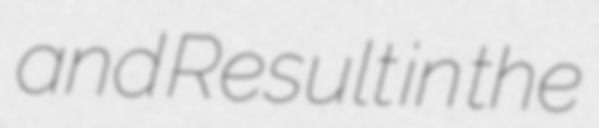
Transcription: and Result in the